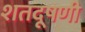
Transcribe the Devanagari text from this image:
शतदूषणी